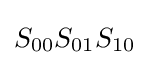
S_{00}S_{01}S_{10}